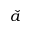
\check { a }